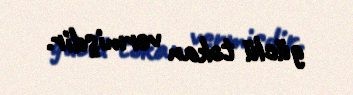
güclü təkan vermişdir.